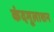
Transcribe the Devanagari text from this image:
कंदमूलाशन